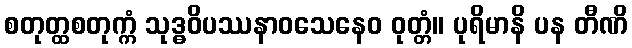
စတုတ္ထစတုက္ကံ သုဒ္ဓဝိပဿနာဝသေနေဝ ဝုတ္တံ။ ပုရိမာနိ ပန တီဏိ